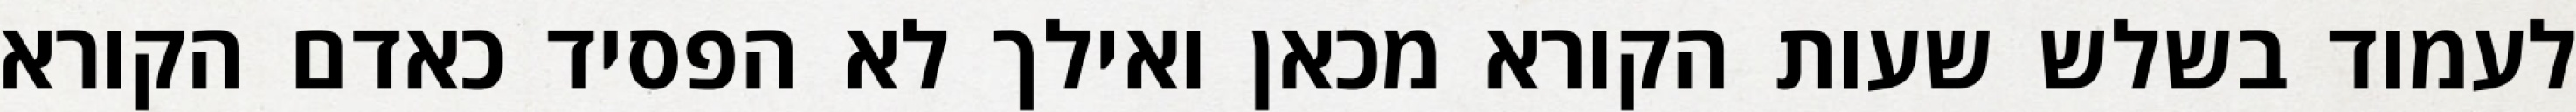
לעמוד בשלש שעות הקורא מכאן ואילך לא הפסיד כאדם הקורא